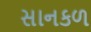
સાનકળ